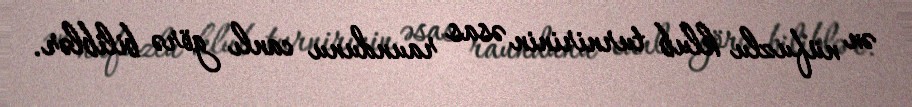
ən nüfuzlu klub turnirinin əsas raundunu canlı görə biliblər.